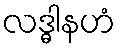
လဒ္ဓါနဟံ